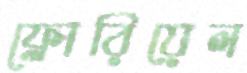
ফ্লোরিয়েল